Annual report of the Punjab Veterinary College and of the Civil Veterinary Department, Punjab - 1894-1908
Year: 1894
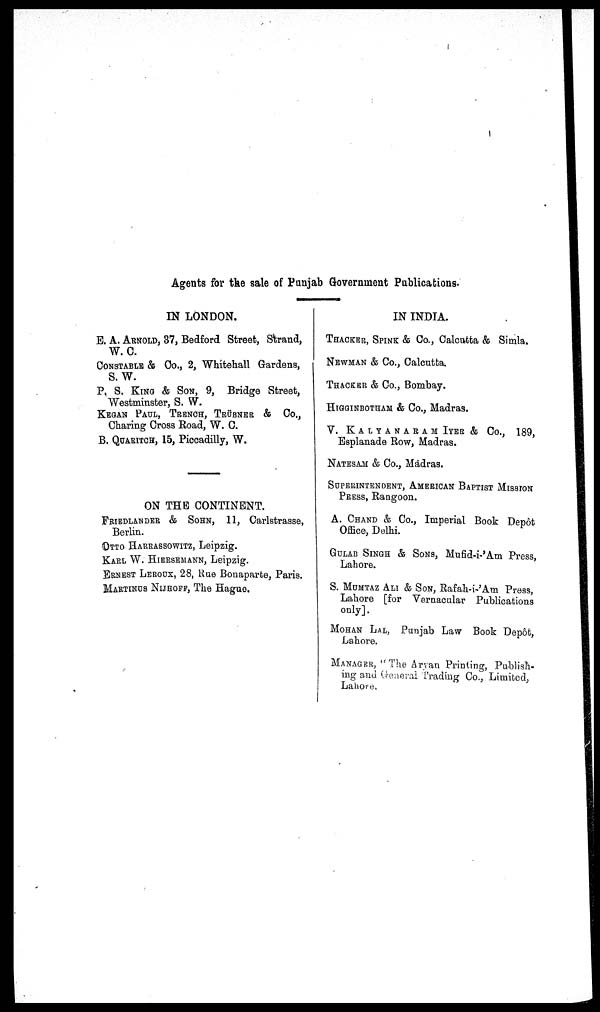
Agents for the sale of Punjab Government Publications.
IN LONDON.
E. A. ARNOLD, 37, Bedford Street, Strand,
W. C.
CONSTABLE & Co., 2, Whitehall Gardens,
S.W.
P. S. KING & SON, 9, Bridge Street,
Westminster, S. W.
KEGAN PAUL, TRENCH, TRÜBNER & Co.,
Charing Cross Road, W. C.
B. QUARITCH, 15, Piccadilly, W.
ON THE CONTINENT.
FRIED-LANDER & SOHN, 11, Carlstrasse,
Berlin.
OTTO HARRASSOWITZ, Leipzig.
KARL W. HIERSEMANN, Leipzig.
ERNEST LEROUX, 28, Rue Bonaparte, Paris.
MARTINUS NIJHOFF, The Hague.
IN INDIA.
THACKER, SPINK & Co., Calcutta & Simla.
NEWMAN & Co., Calcutta.
THACKER & Co., Bombay.
HIGGINBOTHAM & Co., Madras.
V. KALYANARAM IYER & Co., 189,
Esplanade Row, Madras.
NATESAM & Co., Madras.
SUPERINTENDENT, AMERICAN BAPTIST MISSION
PRESS, Rangoon.
A. CHAND & Co., Imperial Book Depot
Office, Delhi.
GULAB SINGH & SONS, Mufid-i-'Am Press,
Lahore.
S. MUMTAJ ALI & SON, Rafah-i-'Am Press,
Lahore [for Vernacular Publications
only].
MOHAN LAL, Punjab Law Book Depôt,
Lahore.
MANAGER, " The Aryan Printing, Publish-
ing and General Trading Co., Limited,
Lahore,